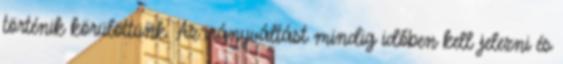
történik körülöttünk. Az irányváltást mindig időben kell jelezni és